Investigations on Bengal jail dietaries - Number 37
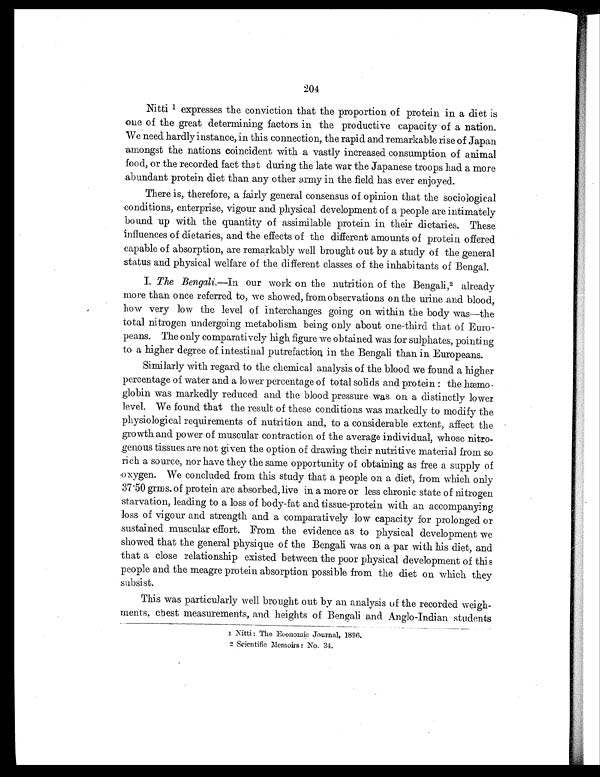
204
Nitti 1 e x p r e s s e s t h e c o n v i c t i o n t h a t t h e p r o p o r t i o n o f p r o t e i n i n a d i e t i s
one of the great determining factors in the productive capacity of a nation.
We need hardly instance, in this connection, the rapid and remarkable rise of Japan
amongst the nations coincident with a vastly increased consumption of animal
food, or the recorded fact that during the late war the Japanese troops had a more
abundant protein diet than any other army in the field has ever enjoyed.
There is, therefore, a fairly general consensus of opinion that the sociological
conditions, enterprise, vigour and physical development of a people are intimately
bound up with the quantity of assimilable protein in their dietaries. These
influences of dietaries, and the effects of the different amounts of protein offered
capable of absorption, are remarkably well brought out by a study of the general
status and physical welfare of the different classes of the inhabitants of Bengal.
1. The Bengali.—In our work on the nutrition of the Bengali, 2 already
more than once referred to, we showed, from observations on the urine and blood,
how very low the level of interchanges going on within the body was—the
total nitrogen undergoing metabolism being only about one-third that of Euro-
peans. The only comparatively high figure we obtained was for sulphates, pointing
to a higher degree of intestinal putrefaction, in the Bengali than in Europeans.
Similarly with regard to the chemical analysis of the blood we found a higher
percentage of water and a lower percentage of total solids and protein: the
hæmoglobin was markedly reduced and the blood pressure was on a distinctly lower
level. We found that the result of these conditions was markedly to modify the
physiological requirements of nutrition and, to a considerable extent, affect the
growth and power of muscular contraction of the average individual, whose nitro-
genous tissues are not given the option of drawing their nutritive material from so
rich a source, nor have they the same opportunity of obtaining as free a supply of
oxygen. We concluded from this study that a people on a diet, from which only
37.50 grams. of protein are absorbed, live in, a more or less chronic state of nitrogen
starvation, leading to a loss of body-fat and tissue-protein with an accompanying
loss of vigour and strength and a comparatively low capacity for prolonged or
sustained muscular effort. From the evidence as to physical development we
showed that the general physique of the Bengali was on a par with his diet, and
that a close relationship existed between the poor physical development of this
people and the meagre protein absorption possible from the diet on which they
subsist.
This was particularly well brought out by an analysis of the recorded
weigh-ments, chest measurements, and heights of Bengali and Anglo-Indian students
1 Nitti : The Economic Journal, 1896.
2 Scientific Memoirs No. 34.